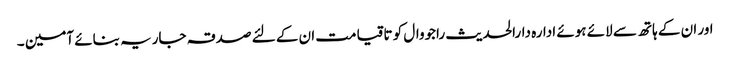
اور ان کے ہاتھ سے لائے ہوئے ادارہ دارالحدیث راجووال کو تاقیامت ان کے لئے صدقہ جاریہ بنائے آمین ۔